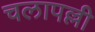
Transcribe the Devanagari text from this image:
चलापल्ली